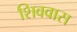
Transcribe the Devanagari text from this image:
शिववास